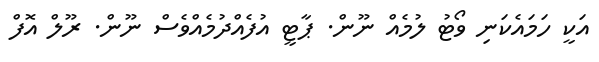
އަކީ ހަމައެކަނި ވޯޓު ލުމެއް ނޫން. ޕާޓީ އުފެއްދުމެއްވެސް ނޫން. ރޫލް އޮފް